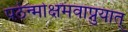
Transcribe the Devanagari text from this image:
पठेन्मोक्षमवाप्नुयात्